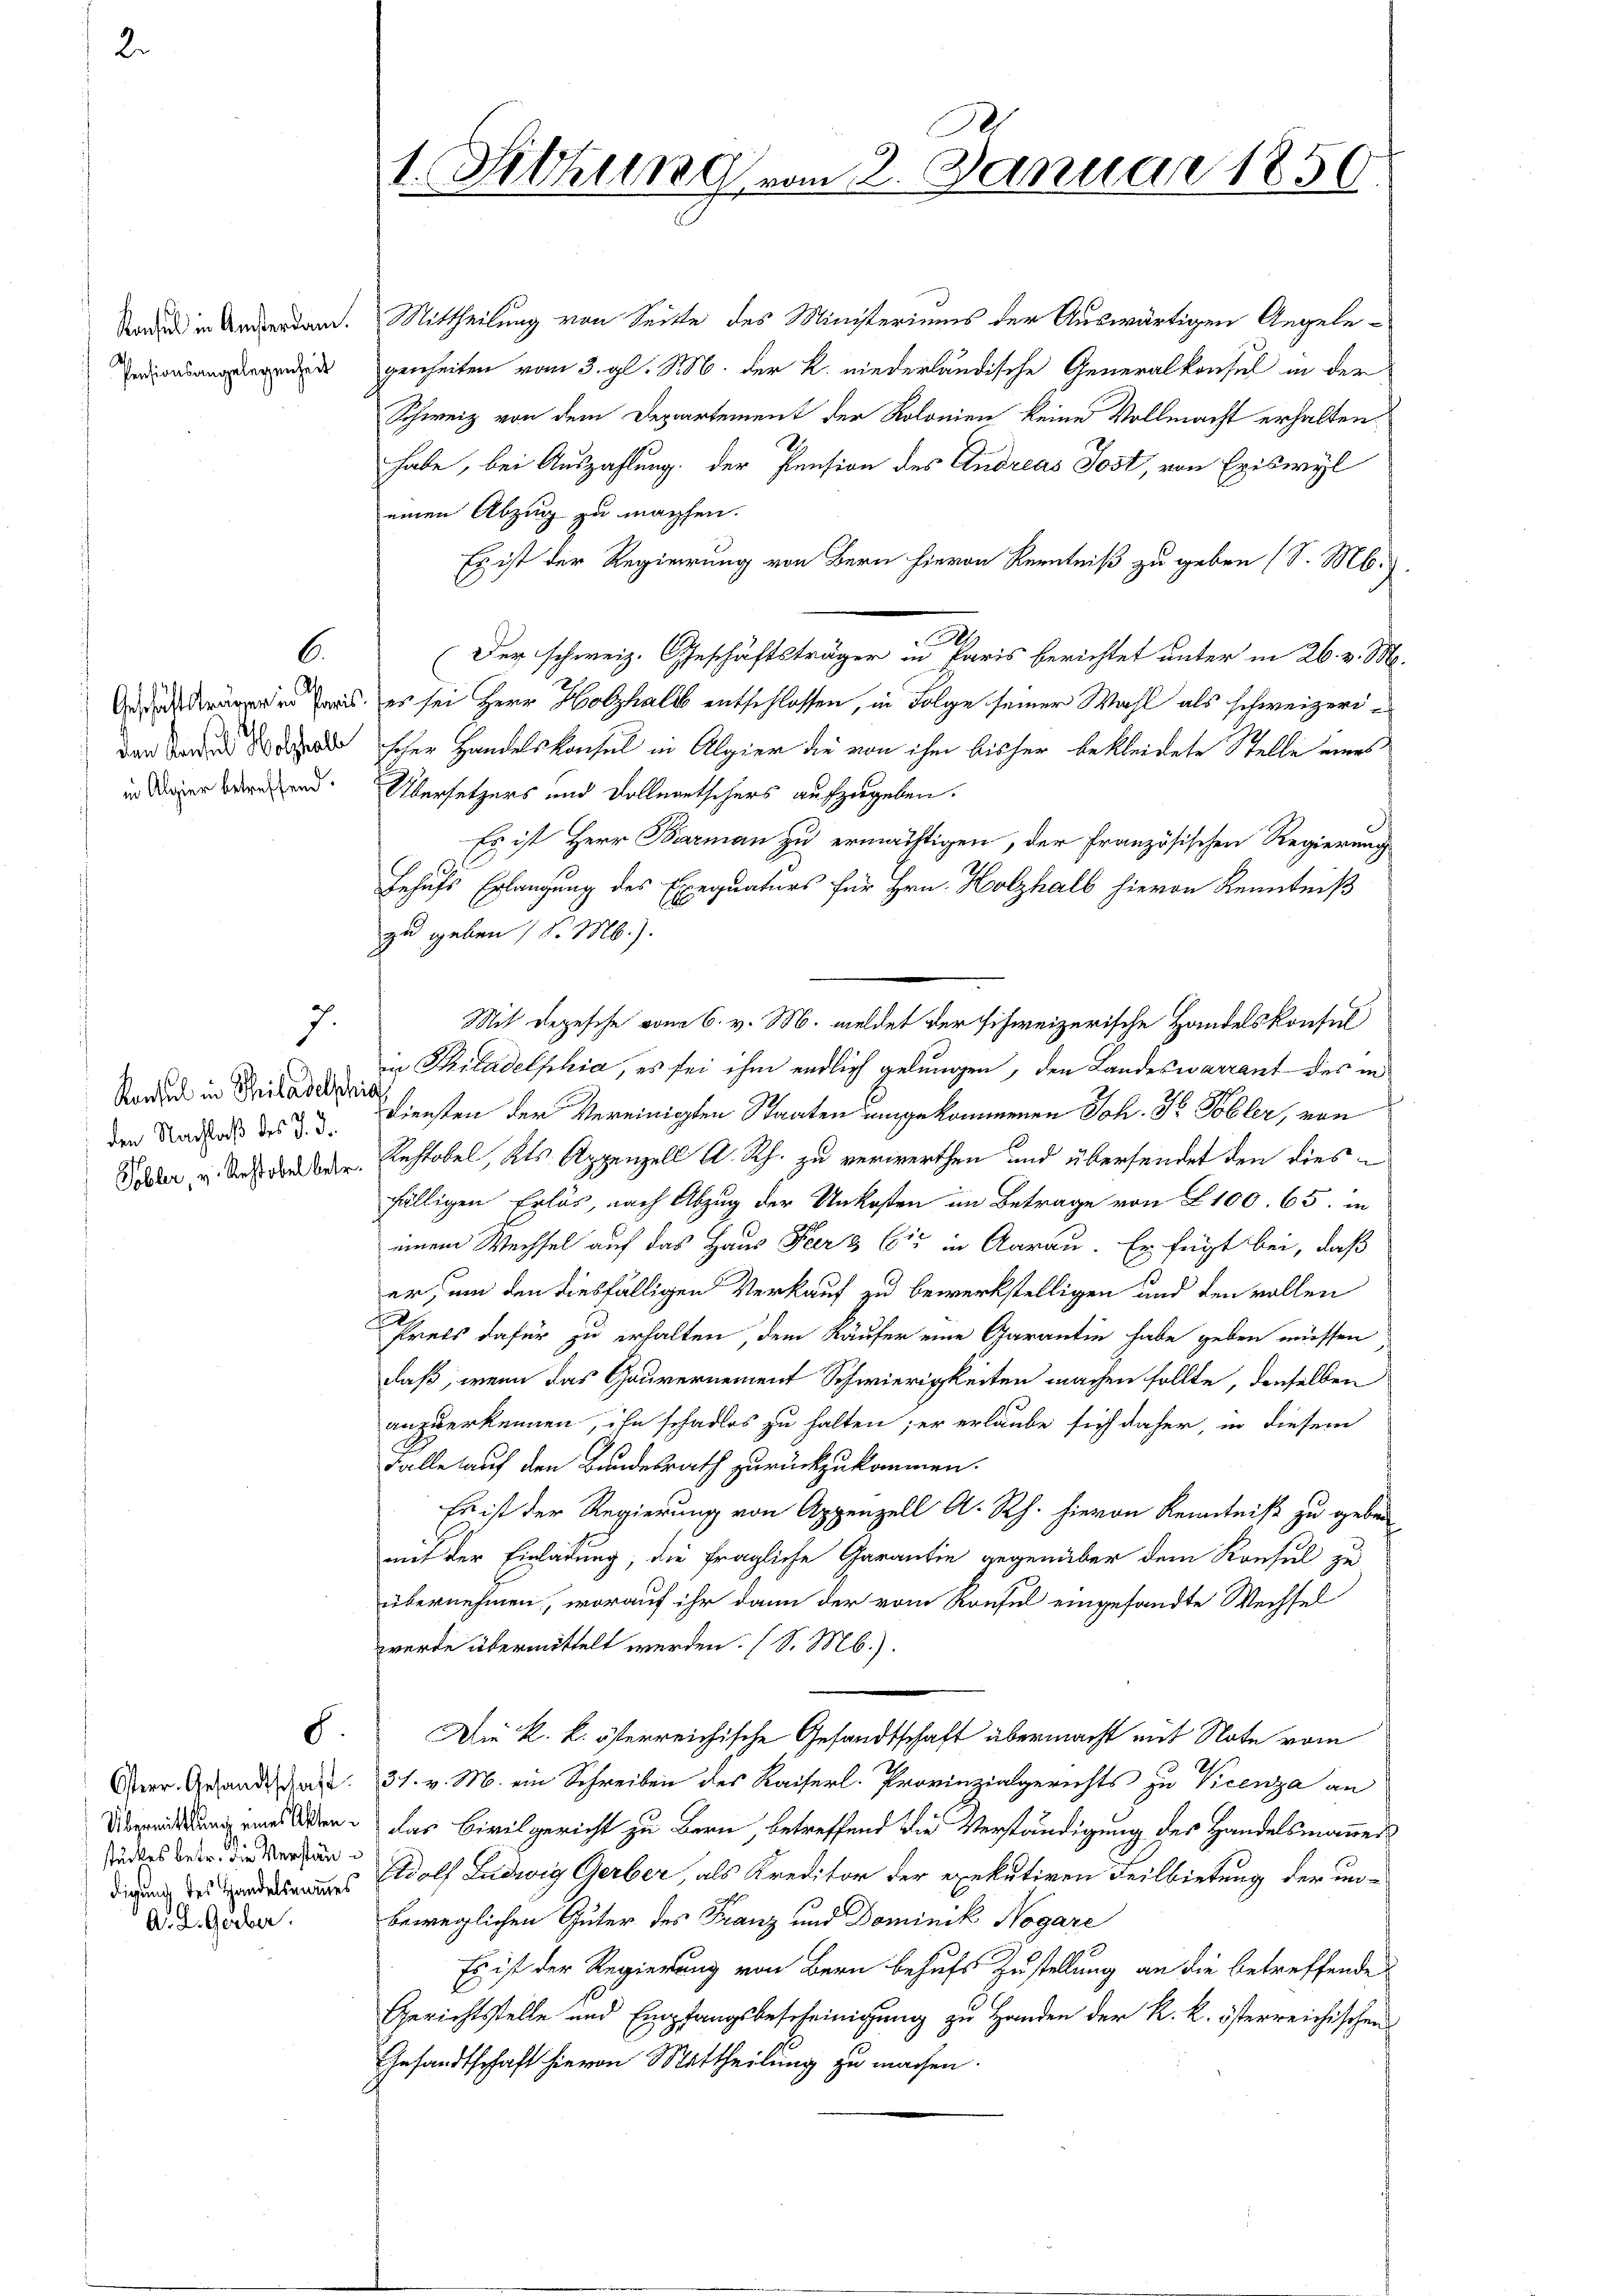
2.

Konsul in Amsterdam.
Pensionsangelegenheit

6.
Geschäftsträger in Paris.
den Konsul Holzhalb
in Algier betreffend.

Konsul in Philadelsch
den Nachlaß des J. d.
Tobler, v. Rechtobel betr.

A. L. Gerber.

1

Osterr. Gesandtschaft
Übermittlung eines Akten
stückes betr. die Verständigung des Handelsammes

S.

1. Sitzung vom 2. Januar 1859

Mittheilung von Seite des Ministeriums der Auswärtigen Angelegenheiten vom 3. gl. M. der k. niederländische Generalkonsul in der
Schweiz von dem Departement der Kolonien keine Vollmacht erhalten
habe, bei Auszahlung der Pension des Andreas Jost, von Exiswyl
einen Abzug zu machten.
Es ist der Regierung von Bern hievon Kenntniß zu geben (S. Mb.).
A
Der schweiz. Geschäftsträger in Paris berichtet unter in 26. v. M.
es sei Herr Holzhalb entschlossen, in Folge seiner Wahl als schweizeri¬
Echer Handelskonsul in Algier die von ihm bisher bekleidete Stelle eines
Übersetzers und Vollmartschers aufzugeben.
Es ist Herr Barman zu ermächtigen, der Französischen Regierung
Behufs Erlangung des Exequaturs für Hrn. Holzhalb hievon Kenntniß
zu geben (S. M.).
Mit Depesche vom 6. v. M. meldet der schweizerische Handelskonsul
in Philadelphia, es sei ihm endlich gelungen, den Landeswarrant des in
a
Diensten der Vereinigten Staaten umgekommenen Joh. T. Tobler, von
Rechtobel, Kts. Appenzell A. Rh. zu verwerthen und übersendet den diesfälligen Erlös, nach Abzug der Unkosten im Betrage von § 100. 65. in
einem Wechsel auf das Haus Peer & Cie in Aarau. Er fügt bei, daß
er, um den diesfälligen Verkauf zu bewerkstelligen und den vollen
.
Preis dafür zu erhalten, dem Käufer eine Garantin habe geben müssen
daß, wenn das Gouvernement Schwierigkeiten machen sollte, denselben
anzuerkennen, ihn schadlos zu halten; er erlaube sich daher, in diesem
Falle auf den Bundesrath zurückzukommen.
Es ist der Regierung von Appenzell A. Rh. hievon Kenntniß zu geben
auf der Einladung, die fragliche Garantin gegenüber dem Konsul zu
übernehmen, worauf ihr dann der vom Konsul eingesandte Wechsel
wurde übermittelt werden. (S. Mb.).
Die k. k. österreichische Gesandtschaft übermacht mit Note vom
31. v. M. ein Schreiben des Kaiserl. Provinzialgerichts zu Vicenza an
das Civilgericht zu Bern betreffend die Verständigung des Handelsmannes
Adolf Ludwig Gerber, als Kreditor der exekutiven Teilbietung der unbeweglichen Güter des Franz und Dominik Nogare
Es ist der Regierung von Bern behufs Zustellung an die betreffende
Gerichtsstelle und Empfangsbescheinigung zu Handen der k. k. österreichischen
Gesandtschaft hievon Mittheilung zu machen.